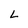
Character: L